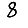
Digit: 8